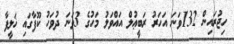
ހިޖުރައިން 132ވަނަ އަހަރު ރަބީޢުލް އައްވަލު މަހުގެ 3ވަނަ ދުވަހު ކޫފާގައި ޚަލީފާ